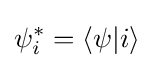
\psi _{i}^{*}=\langle \psi |i\rangle